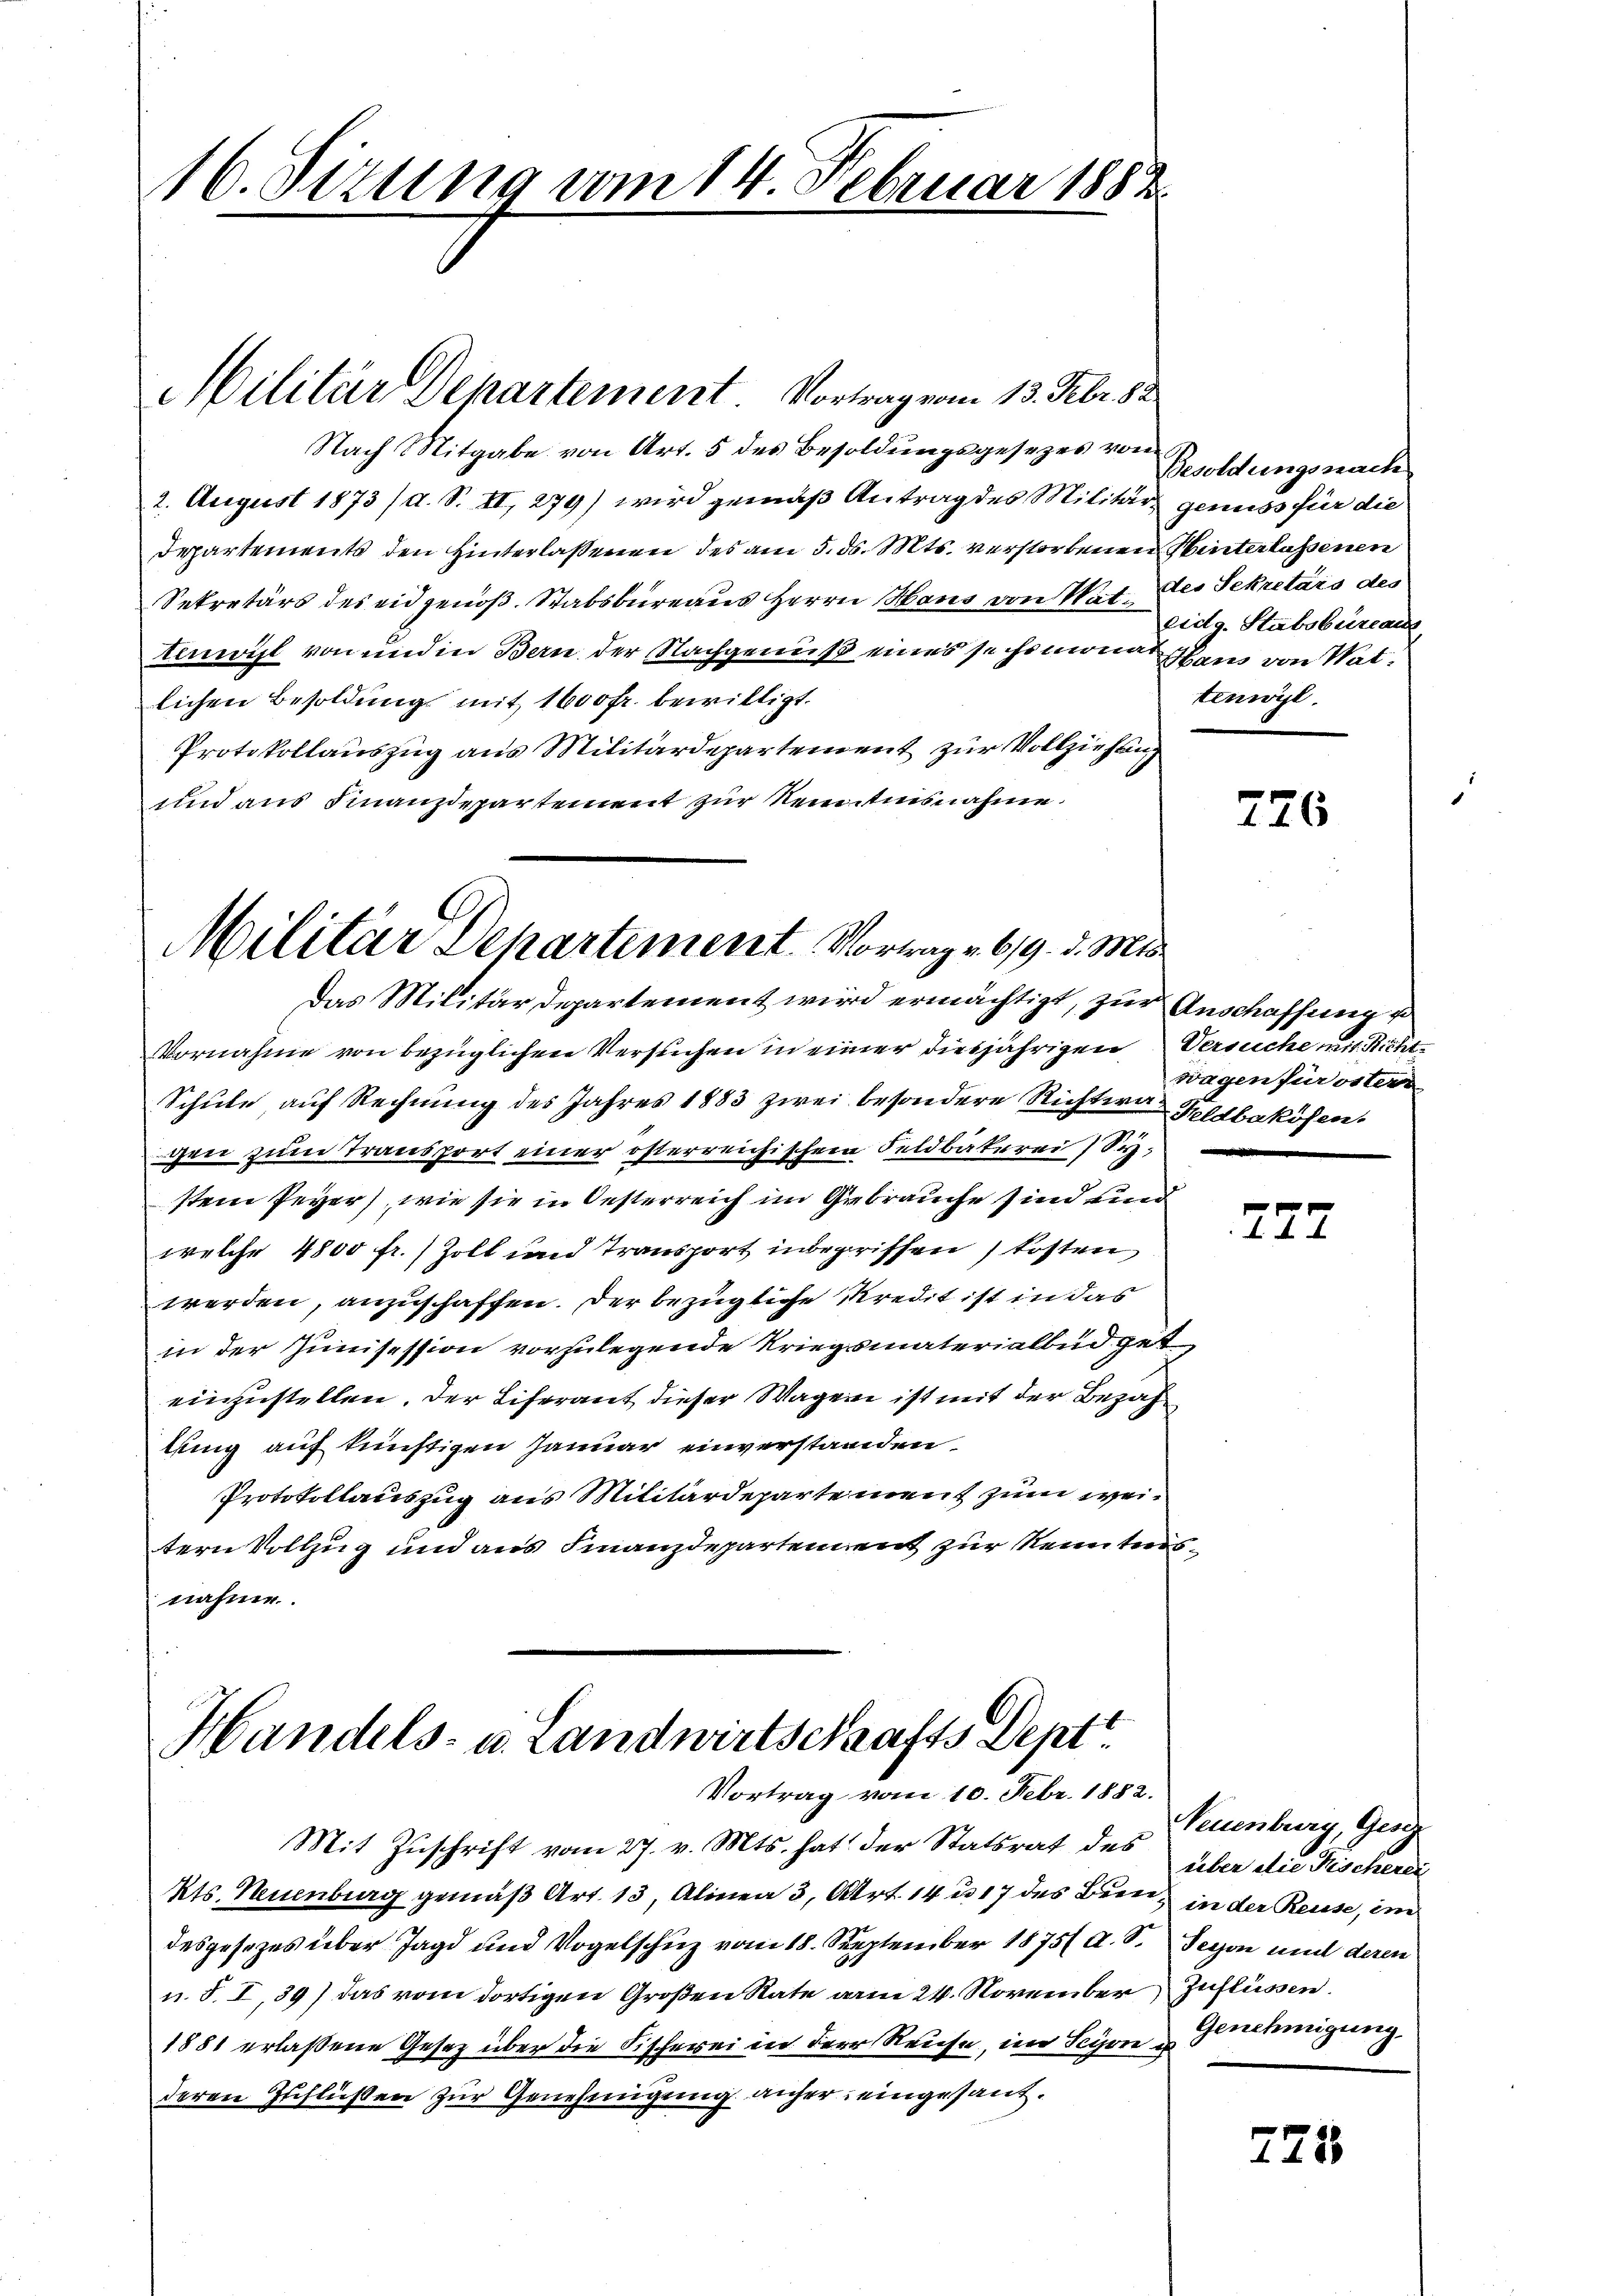
16. Sizung vom 14. Februar 1882.

Militär Departement. Vortrag vom 13. Febr. 82.

Nach Mitgabe von Art. 5 des Besoldungsgesezes von
2. August 1873 /d. S. II, 279) wird gemäß Antrag des Militär genuss für die
Departements den Hinterlassenen des am 5. ds. Mts. verstorbenen Winterlassenen
Sekretärs des eidgenöß. Stabsbureaus Herrn Haus von Nat. des Sekretärs des
tinott von und in Bern der Nachgenuß eines sechsmona ein von Matlichen Besoldung mit 1600 fr. bewilligt.
Protokollauszug aus Militärdepartement zur Vollziehung
sind aus Finanzdepartement zur Kenntnisnahme

Militär Departement. Vortrag . 619. d. Mts.

Handels- u. Landwirtschafts Dept
Vortrag vom 10. Febr. 1882.

Das Militärdepartement wird ermächtigt, zur Anschaffung u
Vornahme von bezüglichen Versuchen in einer diesjährigen Versuche mit Richt¬
Schule auf Rechnung des Jahres 1883 zwei besondere Richten Geldbaköfen
gen zum Transport einer österreichischem Feldbäkerei) System Peyer, wie sie in Oesterreich im Gebrauche sind und
welche 4800 fr. Zoll und Transport inbegriffen) kosten
werden, anzuschaffen. Der bezügliche Kredit ist in das
in der Junisession vorzulegende Kriegsmaterialbüdget
einzustellen. Der Liferant dieser Wagen ist mit der Bezah
lung auf künftigen Januar einverstanden
Protokollauszug aus Militärdeparte ment zum weitern Vollzug und aus Finanzdepartement zur Kenntnisnahme.

Mit Zuschrift vom 27. v. Mts. hat der Statsrat des
Kts. Neuenburg gemäß Art. 13, Alinea 3, Art. 14 u. 17 des Bern in der Reuse, im
desgesezes über Jagd und Vogelschuz vom 18. September 1875 a. S.
u. S. I,39) das vom dortigen Großen Rate am 24. November
1881 erlaßene Gesetz über die Fischerei in der Reise, im Schon Genehmigung
deren Zuflüßen zur Genehmigung anher eingesand¬

Besoldungsnach
eidg. Stabsbureau
tenwyl

726

wagen für österr

A

Neuenburg, Geg
über die Fischerei
Tessin und deren
Zuflüssen.

223